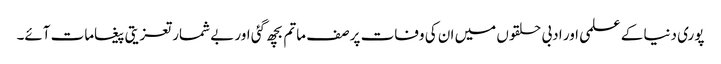
پوری دنیا کے علمی اور ادبی حلقوں میں ان کی وفات پر صف ماتم بچھ گئی اور بے شمار تعزیتی پیغامات آئے۔